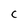
Character: C